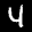
Label: 4